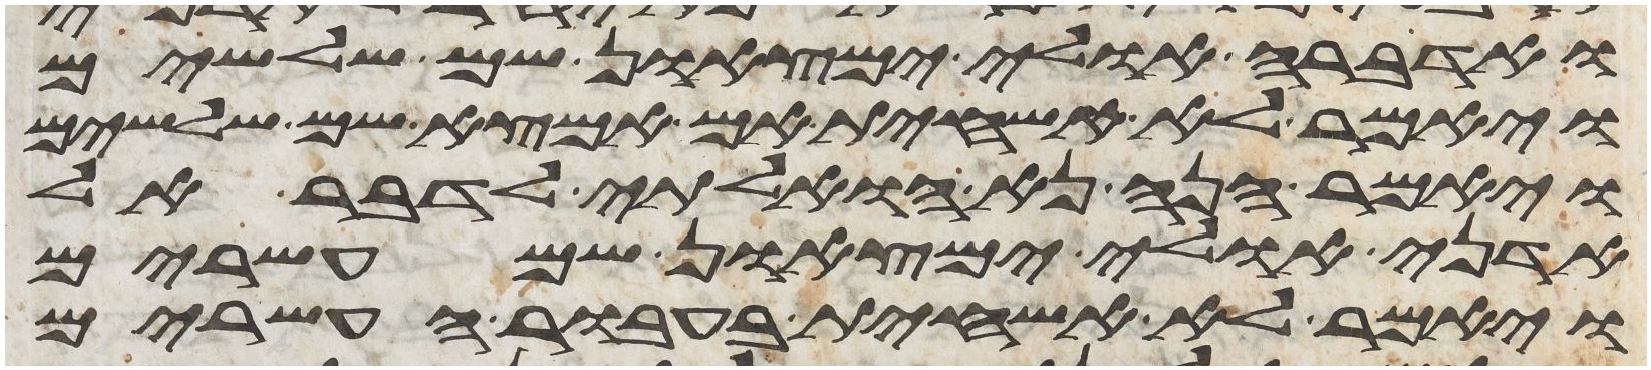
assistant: ואדברה אולי ימצאון שם שלשים
ויאמר לא אשחית אם אמצא שם שלשים
ויאמר הנה נא הואלתי לדבר אל
אדני אולי ימצאון שם עשרים
ויאמר לא אשחית בעבור העשרים